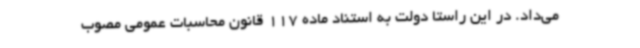
می‌داد. در این راستا دولت به استناد ماده 117 قانون محاسبات عمومی مصوب